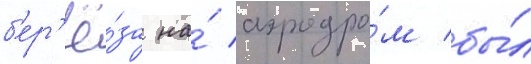
б'ер'ё́за на́ аэродро́м бы́л